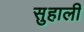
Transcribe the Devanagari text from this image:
सुहाली